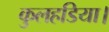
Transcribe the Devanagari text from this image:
कुलहडिया।